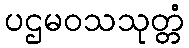
ပဌမဝသသုတ္တံ